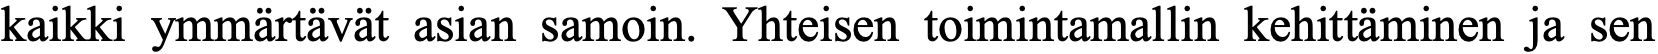
kaikki ymmärtävät asian samoin. Yhteisen toimintamallin kehittäminen ja sen